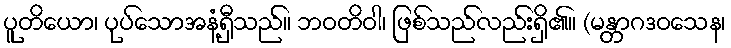
ပူတိယော၊ ပုပ်သောအနံ့ရှီသည်။ ဘဝတိဝါ၊ ဖြစ်သည်လည်းရှိ၏။ (မန္တာဂဒဝသေန၊